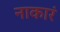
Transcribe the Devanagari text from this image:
नाकारं